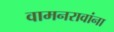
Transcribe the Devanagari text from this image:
वामनरावांना